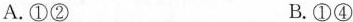
A. ①② B. ①④